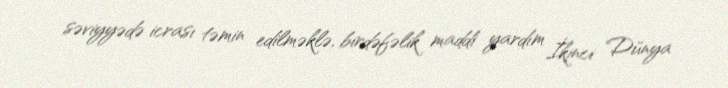
səviyyədə icrası təmin edilməklə, birdəfəlik maddi yardım İkinci Dünya